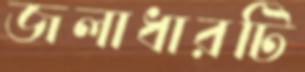
জলাধারটি